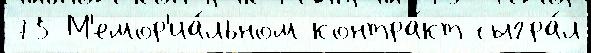
75 М'емор'иа́льном контра́кт сыгра́л